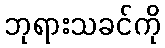
ဘုရားသခင်ကို